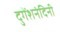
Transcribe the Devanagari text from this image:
दुगेंशनंदिनी